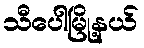
သီပေါမြို့နယ်